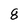
Character: 8